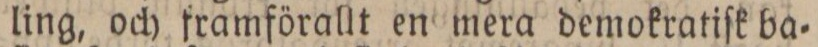
ling, och framförallt en mera demokratiſk ba=